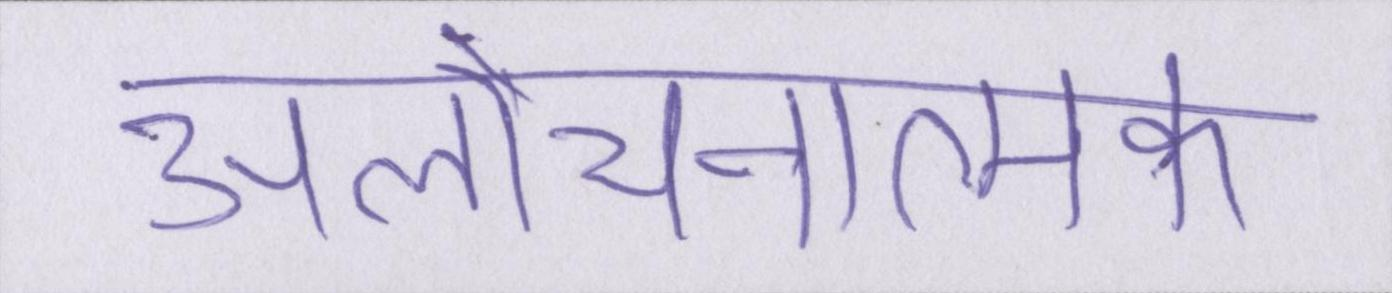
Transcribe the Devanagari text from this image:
आलोचनात्मक